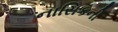
નાસિકની